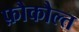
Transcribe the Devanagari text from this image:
फ़ौकौल्त